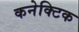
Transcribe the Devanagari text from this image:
कनेक्टिक